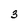
Character: 3